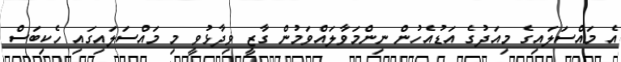
އެ މައްސަލައިގެ މިއަދުގެ އަޑުއެހުން ނިންމަވާލައްވަމުން ގާޒީ ވިދާޅުވީ މި މައްސަލައިގައި ހެކިބަސް